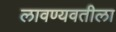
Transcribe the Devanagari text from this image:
लावण्यवतीला